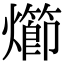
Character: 㸅